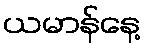
ယမာန်နေ့